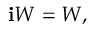
\mathbf { i } W = W ,